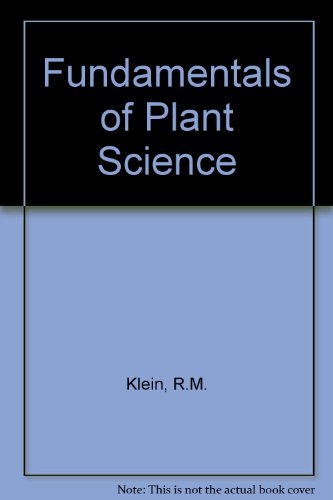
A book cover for Fundamentals of Plant Science; Richard M. Klein; Crafts, Hobbies & Home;